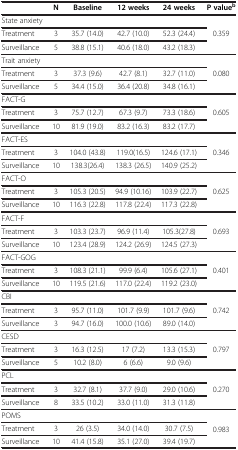
<table><thead><tr><td><b> </b></td><td><b>N</b></td><td><b>Baseline</b></td><td><b>12 weeks</b></td><td><b>24 weeks</b></td><td><b>P value<sup>b</sup></b></td></tr></thead><tbody><tr><td>State anxiety</td><td> </td><td> </td><td> </td><td> </td><td rowspan="3">0.359</td></tr><tr><td>Treatment</td><td>3</td><td>35.7 (14.0)</td><td>42.7 (10.0)</td><td>52.3 (24.4)</td></tr><tr><td>Surveillance</td><td>5</td><td>38.8 (15.1)</td><td>40.6 (18.0)</td><td>43.2 (18.3)</td></tr><tr><td>Trait anxiety</td><td> </td><td> </td><td> </td><td> </td><td rowspan="3">0.080</td></tr><tr><td>Treatment</td><td>3</td><td>37.3 (9.6)</td><td>42.7 (8.1)</td><td>32.7 (11.0)</td></tr><tr><td>Surveillance</td><td>5</td><td>34.4 (15.0)</td><td>36.4 (20.8)</td><td>34.8 (16.1)</td></tr><tr><td>FACT-G</td><td> </td><td> </td><td> </td><td> </td><td rowspan="3">0.605</td></tr><tr><td>Treatment</td><td>3</td><td>75.7 (12.7)</td><td>67.3 (9.7)</td><td>73.3 (18.6)</td></tr><tr><td>Surveillance</td><td>10</td><td>81.9 (19.0)</td><td>83.2 (16.3)</td><td>83.2 (17.7)</td></tr><tr><td>FACT-ES</td><td> </td><td> </td><td> </td><td> </td><td rowspan="3">0.346</td></tr><tr><td>Treatment</td><td>3</td><td>104.0 (43.8)</td><td>119.0(16.5)</td><td>124.6 (17.1)</td></tr><tr><td>Surveillance</td><td>10</td><td>138.3(26.4)</td><td>138.3 (26.5)</td><td>140.9 (25.2)</td></tr><tr><td>FACT-O</td><td> </td><td> </td><td> </td><td> </td><td rowspan="3">0.625</td></tr><tr><td>Treatment</td><td>3</td><td>105.3 (20.5)</td><td>94.9 (10.16)</td><td>103.9 (22.7)</td></tr><tr><td>Surveillance</td><td>10</td><td>116.3 (22.8)</td><td>117.8 (22.4)</td><td>117.3 (22.8)</td></tr><tr><td>FACT-F</td><td> </td><td> </td><td> </td><td> </td><td rowspan="3">0.693</td></tr><tr><td>Treatment</td><td>3</td><td>103.3 (23.7)</td><td>96.9 (11.4)</td><td>105.3(27.8)</td></tr><tr><td>Surveillance</td><td>10</td><td>123.4 (28.9)</td><td>124.2 (26.9)</td><td>124.5 (27.3)</td></tr><tr><td>FACT-GOG</td><td> </td><td> </td><td> </td><td> </td><td rowspan="3">0.401</td></tr><tr><td>Treatment</td><td>3</td><td>108.3 (21.1)</td><td>99.9 (6.4)</td><td>105.6 (27.1)</td></tr><tr><td>Surveillance</td><td>10</td><td>119.5 (21.6)</td><td>117.0 (22.4)</td><td>119.2 (23.0)</td></tr><tr><td>CBI</td><td> </td><td> </td><td> </td><td> </td><td rowspan="3">0.742</td></tr><tr><td>Treatment</td><td>3</td><td>95.7 (11.0)</td><td>101.7 (9.9)</td><td>101.7 (9.6)</td></tr><tr><td>Surveillance</td><td>3</td><td>94.7 (16.0)</td><td>100.0 (10.6)</td><td>89.0 (14.0)</td></tr><tr><td>CESD</td><td> </td><td> </td><td> </td><td> </td><td rowspan="3">0.797</td></tr><tr><td>Treatment</td><td>3</td><td>16.3 (12.5)</td><td>17 (7.2)</td><td>13.3 (15.3)</td></tr><tr><td>Surveillance</td><td>5</td><td>10.2 (8.0)</td><td>6 (6.6)</td><td>9.0 (9.6)</td></tr><tr><td>PCL</td><td> </td><td> </td><td> </td><td> </td><td rowspan="3">0.270</td></tr><tr><td>Treatment</td><td>3</td><td>32.7 (8.1)</td><td>37.7 (9.0)</td><td>29.0 (10.6)</td></tr><tr><td>Surveillance</td><td>8</td><td>33.5 (10.2)</td><td>33.0 (11.0)</td><td>31.3 (11.8)</td></tr><tr><td>POMS</td><td> </td><td> </td><td> </td><td> </td><td rowspan="3">0.983</td></tr><tr><td>Treatment</td><td>3</td><td>26 (3.5)</td><td>34.0 (14.0)</td><td>30.7 (7.5)</td></tr><tr><td>Surveillance</td><td>10</td><td>41.4 (15.8)</td><td>35.1 (27.0)</td><td>39.4 (19.7)</td></tr></tbody></table>